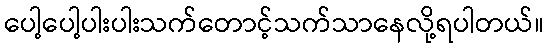
ပေါ့ပေါ့ပါးပါးသက်တောင့်သက်သာနေလို့ရပါတယ်။